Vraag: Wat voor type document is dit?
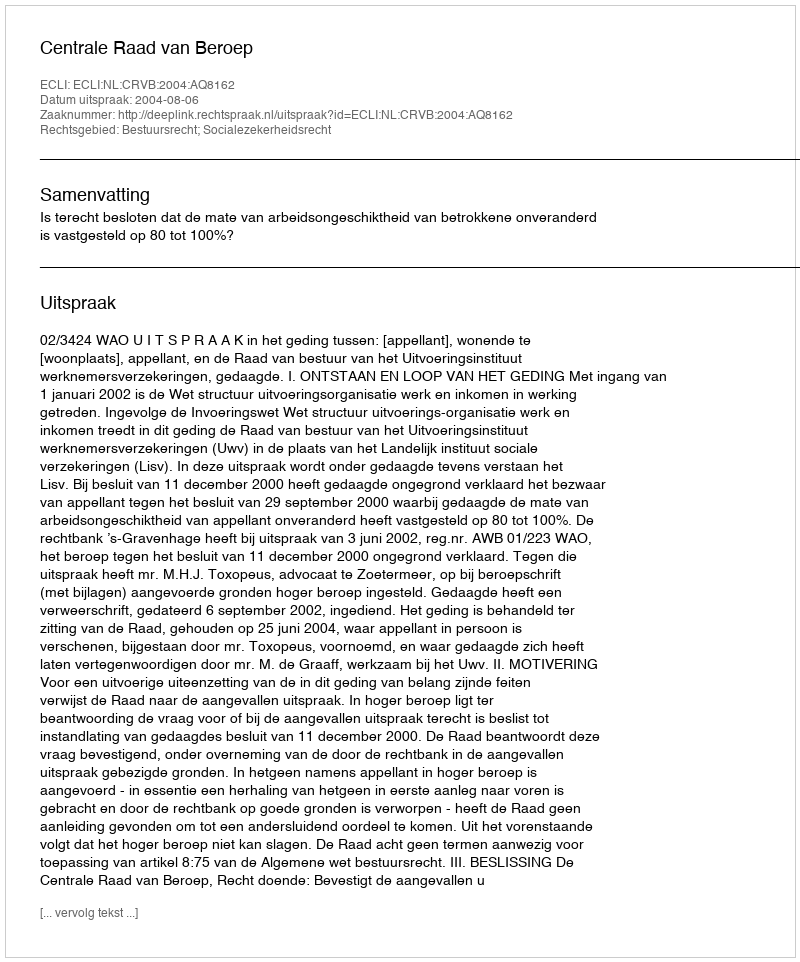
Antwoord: Uitspraak